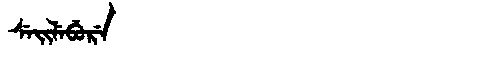
Manchu: ᠰᡝᡳᠯᡝᠪᡠᡵᡝ
Romanization: SEILEBURE